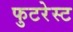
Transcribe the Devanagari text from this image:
फुटरेस्ट